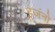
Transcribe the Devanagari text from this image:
इजंनो